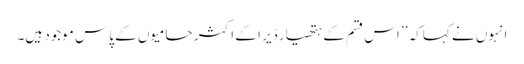
انہوں نے کہاکہ ’’ اس قسم کے ہتھیار ڈیر ا کے اکثر حامیوں کے پاس موجود ہیں۔